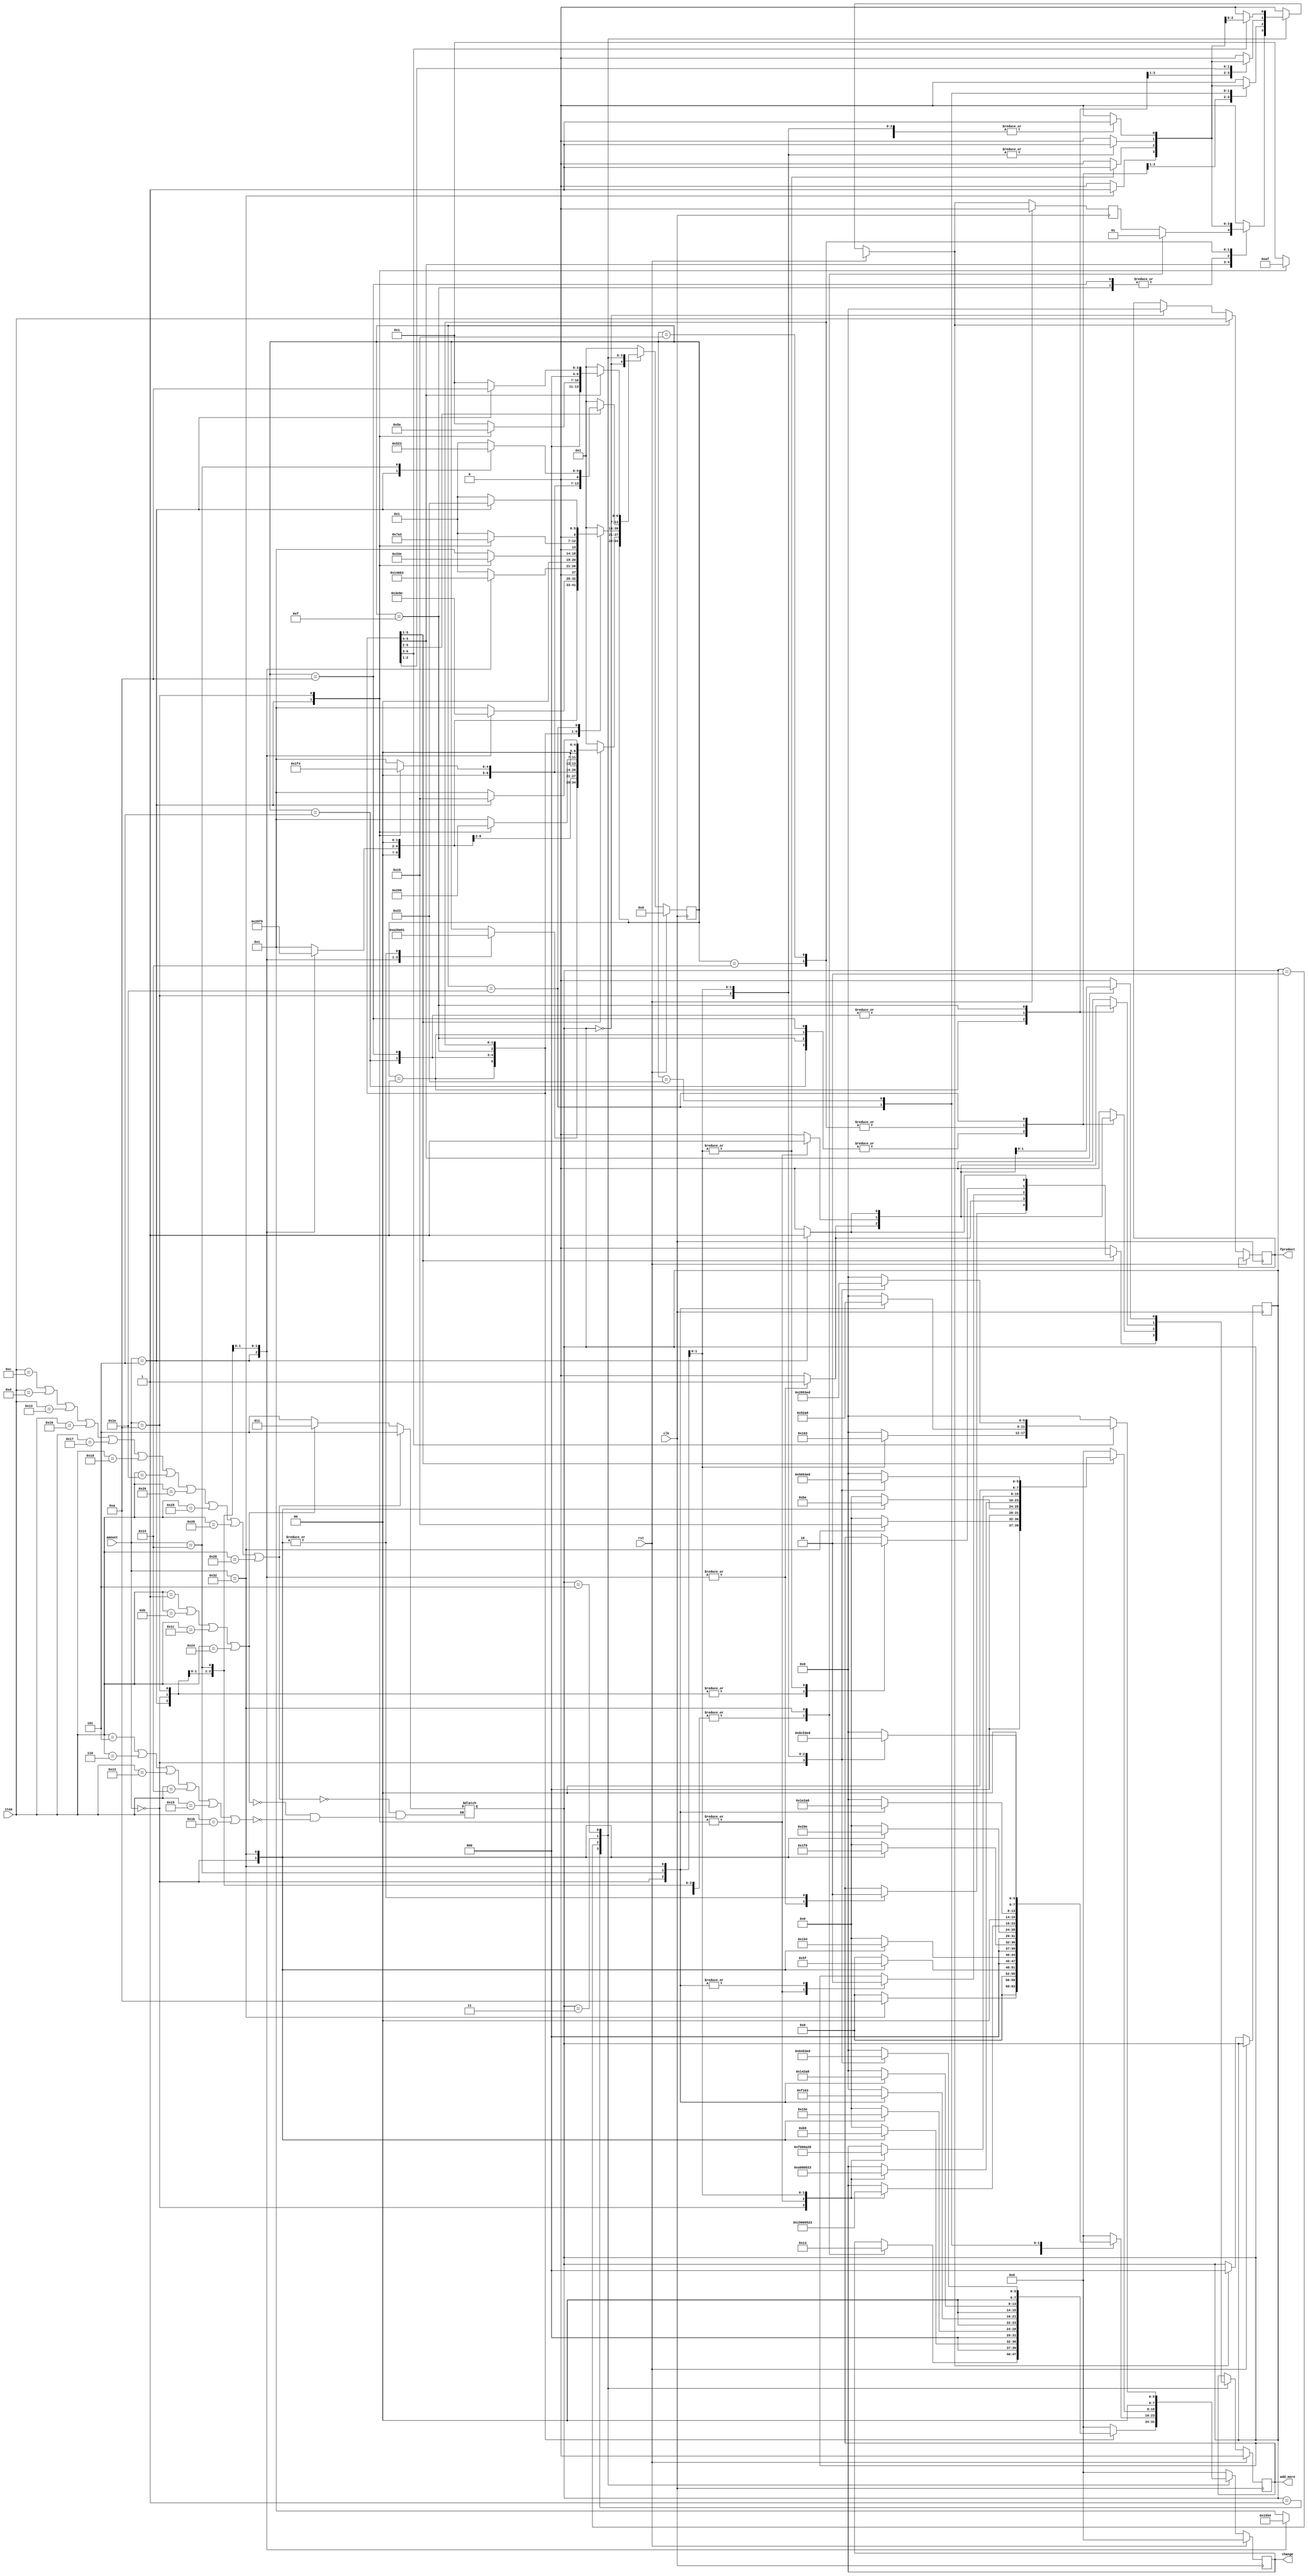
`timescale 1ns / 1ps

module minor1(
input [5:0]item,
input [6:0]amount,
input clk,rst,
output reg add_more,
output reg [5:0]fproduct,
output reg [7:0]change
    );
    reg product;
parameter idle=7'd0;
parameter s0=7'd1;
parameter s1=7'd5;
parameter s2=7'd10;
parameter s3=7'd15;
parameter s4=7'd20;
parameter s5=7'd25;
parameter s6=7'd30;
parameter s7=7'd35;
parameter s8=7'd40;
parameter s9=7'd45;
parameter s10=7'd50;
parameter s11=7'd55;
parameter packet=3'b001;
parameter can=3'b010;
parameter bottle=3'b011;
parameter wrapper=3'b101;
parameter plastictub=3'b101;

parameter Bottledwater=6'b000001;//1
parameter Cola=6'b00010;//2
parameter Dietsoda=6'b000011;//3
parameter Snacksizedchips=6'b00100;//4
parameter Chocolatebars=6'b00101;//5
parameter Granolabars=6'b00110;//6
parameter Trailmix=6'b00111;//7
parameter Fruitsnacks=6'b01000;//8
parameter Energydrinks=6'b01001;//9
parameter Icedtea=6'b1010;//10
parameter Coffee=6'b1011;//11
parameter Fruitjuiceboxes=6'b1100;//12
parameter Prepackagedsandwiches=6'b1101;//13
parameter Pretzels=6'b1110;//14
parameter Popcorn=6'b1111;//15
parameter Cheesecrackers=6'b10000;//16
parameter Nuts=6'b10001;//17
parameter Ricecakes=6'b10010;//18
parameter Gummycandies=6'b10011;//19
parameter Proteinbars=6'b10100;//20
parameter Cookies=6'b10101;//21
parameter Yogurtcups=6'b10110;//22
parameter Freshfruitcups=6'b10111;//23
parameter Cupcakes=6'b11000;//24
parameter Muffins=6'b11001;//25
parameter Cheesesticks=6'b11010;//26
parameter Gum=6'b11011;//27
parameter FruitsmoothiesBottles=6'b11100;//28
parameter Salads=6'b11101;//29
parameter Hardboiledeggs=6'b11110;//30
parameter Pitachipswithhummus=6'b11111;//31
parameter Fruitpies=6'b100000;//32
parameter Icedcoffee=6'b100001;//33
parameter Ricecrispytreats=6'b100010;//34
parameter Cheeseandcrackerpacks=6'b100011;//35
parameter Fruitflavoredwater=6'b100100;//36
parameter Vegetablestickswithdip=6'b100101;//37
parameter Bagelswithcreamcheese=6'b100110;//38
parameter Proteinshakes=6'b100111;//39
parameter Instantnoodles=6'b101000;//40
reg [6:0]s;
reg [2:0]sitem;
parameter idle1=3'b000;
always@(*)
begin
if(item==Snacksizedchips | item==Trailmix |item==Fruitsnacks |item==Pretzels| item==Popcorn|item==Cheesecrackers |item==Nuts|item==Cupcakes|item==Muffins |item==Cheesesticks |item==Pitachipswithhummus |item==Ricecrispytreats |item==Cheeseandcrackerpacks)
begin
sitem<=packet;
end
if(item==Cola |item==Dietsoda | item==Energydrinks | item==Icedtea |item==Icedcoffee| item==Proteinshakes)
begin
sitem<=can;
end
if(item==Chocolatebars |item==Granolabars |item==Gummycandies |item==Proteinbars |item==Cookies |item==Gum )
begin
sitem=wrapper;
end
if(item==Bottledwater |item==Coffee |item==FruitsmoothiesBottles | item==Fruitflavoredwater)
begin
sitem=bottle;
end
if(item==Fruitjuiceboxes | item==Prepackagedsandwiches | item==Ricecakes |item==Yogurtcups|item==Freshfruitcups| item== Salads |item==Hardboiledeggs |item==Fruitpies |item==Vegetablestickswithdip |item==Bagelswithcreamcheese|item==Instantnoodles)
begin
sitem=plastictub;
end
end
always@(posedge clk)
begin
 if(rst)
       begin
            s<=idle;
            product=0;add_more=0;change=7'd0;
       end //if end
    else
      begin
      
        case(sitem)
        idle1:begin 
        product=0;change=7'd0;fproduct=6'd0;
        end
            packet:case(s)
                       idle:begin
                                product<=0;
                                s<=s0;add_more=0;change=7'd0;
                            end
                       s0: begin
                           case(amount)
                               7'd0:begin
                                     s<=s0;product=0;change=7'b0;add_more=0;
                                  end
                                7'd5:begin
                                    s<=s1;product=0;change=7'b0;add_more=1;
                                  end
                               7'd10:begin
                                    s<=s2;product=0;change=7'b0;add_more=1;
                                    end
                               7'd20:begin
                                    s<=s4;product=0;change=7'b0;add_more=1;
                                  end
                               7'd50:begin
                                    s<=s0;product=1;change=7'd20;add_more=0;
                                  end
                             
                           endcase
                           end
                       s1:begin
                           case(amount)
                                7'd0:begin
                                     s<=s0;product=0;change=7'd5;add_more=0;
                                  end
                                7'd5:begin
                                    s<=s2;product=0;change=7'd0;add_more=1;
                                  end
                               7'd10:begin
                                    s<=s3;product=0;change=7'd0;add_more=1;
                                    end
                               7'd20:begin
                                    s<=s5;product=0;change=7'd0;add_more=1;
                                  end
                               7'd50:begin
                                    s<=s0;product=1;change=7'd25;add_more=0;
                                  end
                               default:begin
                               s<=s0;product=0;change=7'd0;add_more=0;
                               end
                           endcase
                           end
                       s2:begin
                           case(amount)
                                7'd0:begin
                                     s<=s0;product=0;change=7'd10;add_more=0;
                                  end
                                7'd5:begin
                                    s<=s3;product=0;change=7'd0;add_more=1;
                                  end
                               7'd10:begin
                                    s<=s4;product=0;change=7'd0;add_more=1;
                                    end
                               7'd20:begin
                                    s<=s0;product=1;change=7'd0;add_more=0;
                                  end
                               7'd50:begin
                                    s<=s0;product=1;change=7'd30;add_more=0;
                                  end
                             default:begin
                               s<=s0;product=0;change=7'd0;
                               end
                           endcase
                           end
                       s3:begin
                           case(amount)
                                7'd0:begin
                                     s<=s0;product=0;change=7'd15;add_more=1;
                                  end
                                7'd5:begin
                                    s<=s4;product=0;change=7'd0;add_more=1;
                                  end
                               7'd10:begin
                                    s<=s5;product=0;change=7'd0;add_more=1;
                                    end
                               7'd20:begin
                                    s<=s0;product=1;change=7'd5;add_more=0;
                                  end
                               7'd50:begin
                                    s<=s0;product=1;change=7'd35;add_more=0;
                                  end
                               default:begin
                               s<=s0;product=0;change=7'd0;
                               end
                           endcase
                           end
                      s4:begin
                           case(amount)
                                7'd0:begin
                                     s<=s0;product=0;change=7'd20;add_more=0;
                                  end
                                7'd5:begin
                                    s<=s5;product=0;change=7'd0;add_more=1;
                                  end
                               7'd10:begin
                                    s<=s0;product=1;change=7'd0;add_more=0;
                                    end
                               7'd20:begin
                                    s<=s0;product=1;change=7'd10;add_more=0;
                                  end
                               7'd50:begin
                                    s<=s0;product=1;change=7'd40;add_more=0;
                                  end
                               default:begin
                               s<=s0;product=0;change=7'd0;add_more=0;
                               end
                          
                           endcase
                           end
                       s5:begin
                           case(amount)
                                7'd0:begin
                                     s<=s0;product=0;change=7'd25;add_more=0;
                                  end
                                7'd5:begin
                                    s<=s0;product=1;change=7'd0;add_more=0;
                                  end
                               7'd10:begin
                                    s<=s0;product=1;change=7'd5;add_more=0;
                                    end
                               7'd20:begin
                                    s<=s0;product=1;change=7'd15;add_more=0;
                                  end
                               7'd50:begin
                                    s<=s0;product=1;change=7'd45;add_more=0;
                                  end
                             default:begin
                               s<=s0;product=0;change=7'd0;add_more=0;
                               end
                           endcase
                           end
                        default:begin
                               s<=s0;product=0;change=7'd0;add_more=0;
                               end
                   endcase
           can:case(s)
                       idle:begin
                                product<=0;
                                s<=s0;change=7'd0;add_more=0;
                            end
                       s0: begin
                           case(amount)
                                7'd0:begin
                                     s<=s0;product=0;change=7'd0;add_more=0;
                                  end
                                7'd5:begin
                                    s<=s1;product=0;change=7'd0;add_more=1;
                                  end
                               7'd10:begin
                                    s<=s2;product=0;change=7'd0;add_more=1;
                                    end
                               7'd20:begin
                                    s<=s4;product=0;change=7'd0;add_more=1;
                                  end
                               7'd50:begin
                                    s<=s0;product=1;change=7'd10;add_more=0;
                                  end
                               default:begin
                               s<=s0;product=0;change=7'd0;add_more=0;
                               end
                             
                           endcase
                           end
                       s1:begin  //5
                           case(amount)
                                7'd0:begin
                                     s<=s0;product=0;change=7'd5;add_more=0;
                                  end
                                7'd5:begin
                                    s<=s2;product=0;change=7'd0;add_more=1;
                                  end
                               7'd10:begin
                                    s<=s3;product=0;change=7'd0;add_more=1;
                                    end
                               7'd20:begin
                                    s<=s5;product=0;change=7'd0;add_more=1;
                                  end
                               7'd50:begin
                                    s<=s0;product=1;change=7'd15;add_more=0;
                                  end
                              default:begin
                               s<=s0;product=0;change=7'd0;add_more=0;
                               end
                           endcase
                           end
                       s2:begin//10
                           case(amount)
                                7'd0:begin
                                     s<=s0;product=0;change=7'd10;add_more=0;
                                  end
                                7'd5:begin
                                    s<=s3;product=0;change=7'd0;add_more=1;
                                  end
                               7'd10:begin
                                    s<=s4;product=0;change=7'd0;add_more=1;
                                    end
                               7'd20:begin
                                    s<=s6;product=0;change=7'd0;add_more=1;
                                  end
                               7'd50:begin
                                    s<=s0;product=1;change=7'd20;add_more=0;
                                  end
                               default:begin
                               s<=s0;product=0;change=7'd0;add_more=0;
                               end
                           endcase
                           end
                       s3:begin//15
                           case(amount)
                                7'd0:begin
                                     s<=s0;product=0;change=7'd15;add_more=0;
                                  end
                                7'd5:begin
                                    s<=s4;product=0;change=7'd0;add_more=1;
                                  end
                              7'd10:begin
                                    s<=s5;product=0;change=7'd0;add_more=1;
                                    end
                               7'd20:begin
                                    s<=s7;product=0;change=7'd0;add_more=1;
                                  end
                               7'd50:begin
                                    s<=s0;product=1;change=7'd25;add_more=0;
                                  end
                              default:begin
                               s<=s0;product=0;change=7'd0;add_more=0;
                               end
                           endcase
                           end
                      s4:begin//20
                           case(amount)
                                7'd0:begin
                                     s<=s0;product=0;change=7'd20;add_more=0;
                                  end
                                7'd5:begin
                                    s<=s5;product=0;change=7'd0;add_more=1;
                                  end
                               7'd10:begin
                                    s<=s6;product=0;change=7'd0;add_more=1;
                                    end
                               7'd20:begin
                                    s<=s0;product=1;change=7'd0;add_more=0;
                                  end
                               7'd50:begin
                                    s<=s0;product=1;change=7'd30;add_more=0;
                                  end
                               default:begin
                               s<=s0;product=0;change=7'd0;add_more=0;
                               end
                           endcase
                           end
                       s5:begin//25
                           case(amount)
                                7'd0:begin
                                     s<=s0;product=0;change=7'd25;add_more=0;
                                  end
                                7'd5:begin
                                    s<=s6;product=0;change=7'd0;add_more=1;
                                  end
                               7'd10:begin
                                    s<=s7;product=0;change=7'd0;add_more=1;
                                    end
                               7'd20:begin
                                    s<=s0;product=1;change=7'd5;add_more=0;
                                  end
                               7'd50:begin
                                    s<=s0;product=1;change=7'd35;add_more=0;
                                  end
                               default:begin
                               s<=s0;product=0;add_more=0;
                               end
                           endcase
                           end
                        s6:begin//30
                           case(amount)
                                7'd0:begin
                                     s<=s0;product=0;change=7'd30;add_more=0;
                                  end
                                7'd5:begin
                                    s<=s7;product=0;change=7'd0;add_more=1;
                                  end
                               7'd10:begin
                                    s<=s0;product=1;change=7'd0;add_more=0;
                                    end
                               7'd20:begin
                                    s<=s0;product=1;change=7'd10;add_more=0;
                                  end
                               7'd50:begin
                                    s<=s0;product=1;change=7'd40;add_more=0;
                                  end
                               default:begin
                               s<=s0;product=0;change=7'd0;add_more=0;
                               end
                           endcase
                           end
                        s7:begin//35
                           case(amount)
                                7'd0:begin
                                     s<=s0;product=0;change=7'd35;add_more=0;
                                  end
                                7'd5:begin
                                    s<=s0;product=1;change=7'd0;add_more=0;
                                  end
                               7'd10:begin
                                    s<=s0;product=1;change=7'd5;add_more=0;
                                    end
                               7'd20:begin
                                    s<=s0;product=1;change=7'd15;add_more=0;
                                  end
                               7'd50:begin
                                    s<=s0;product=1;change=7'd45;add_more=0;
                                  end
                               default:begin
                               s<=s0;product=0;change=7'd0;add_more=0;
                               end
                           endcase
                           end
                       default:begin
                               s<=s0;product=0;change=7'd0;add_more=0;
                               end
                   endcase
            bottle:case(s)
                       idle:begin
                                product<=0;change=7'd0;add_more=0;
                                s<=s0;
                            end
                       s0: begin//0
                           case(amount)
                                7'd0:begin
                                     s<=s0;product=0;change=7'd0;add_more=0;
                                  end
                                7'd5:begin
                                    s<=s1;product=0;change=7'd0;add_more=1;
                                  end
                               7'd10:begin
                                    s<=s2;product=0;change=7'd0;add_more=1;
                                    end
                               7'd20:begin
                                    s<=s4;product=0;change=7'd0;add_more=1;
                                  end
                               7'd50:begin
                                    s<=s0;product=1;change=7'd25;add_more=0;
                                  end
                             default:begin
                               s<=s0;product=0;change=7'd0;add_more=0;
                               end
                           endcase
                           end
                       s1:begin  //5
                           case(amount)
                                7'd0:begin
                                     s<=s0;product=0;change=7'd5;add_more=0;
                                  end
                                7'd5:begin
                                    s<=s2;product=0;change=7'd0;add_more=1;
                                  end
                               7'd10:begin
                                    s<=s3;product=0;change=7'd0;add_more=1;
                                    end
                               7'd20:begin
                                    s<=s0;product=1;change=7'd0;add_more=0;
                                  end
                               7'd50:begin
                                    s<=s0;product=1;change=7'd30;add_more=0;
                                  end
                               default:begin
                               s<=s0;product=0;change=7'd0;add_more=0;
                               end
                           endcase
                           end
                       s2:begin
                           case(amount)
                                7'd0:begin
                                     s<=s0;product=0; change=7'd10; add_more=0;
                                  end
                                7'd5:begin
                                    s<=s3;product=0;change=7'd0;add_more=1;
                                  end
                               7'd10:begin
                                    s<=s4;product=0;change=7'd0;add_more=1;
                                    end
                               7'd20:begin
                                    s<=s0;product=1;change=7'd5;add_more=0;
                                  end
                               7'd50:begin
                                    s<=s0;product=1;change=7'd35;add_more=0;
                                  end
                              default:begin
                               s<=s0;product=0;add_more=0;add_more=0;
                               end
                           endcase
                           end
                       s3:begin//15
                           case(amount)
                                7'd0:begin
                                     s<=s0;product=0;change=7'd15;add_more=0;
                                  end
                                7'd5:begin
                                    s<=s4;product=0;change=7'd0;add_more=1;
                                  end
                               7'd10:begin
                                    s<=s0;product=1;change=7'd0;add_more=0;
                                    end
                               7'd20:begin
                                    s<=s7;product=1;change=7'd10;add_more=0;
                                  end
                               7'd50:begin
                                    s<=s0;product=1;change=7'd40;add_more=0;
                                  end
                               default:begin
                               s<=s0;product=0;add_more=0;
                               end
                           endcase
                           end
                      s4:begin//20
                           case(amount)
                                7'd0:begin
                                     s<=s0;product=0;change=7'd20;add_more=0;
                                  end
                                7'd5:begin
                                    s<=s0;product=1;change=7'd0;add_more=0;
                                  end
                               7'd10:begin
                                    s<=s0;product=1;change=7'd5;add_more=0;
                                    end
                               7'd20:begin
                                    s<=s0;product=1;change=7'd15;add_more=0;
                                  end
                               7'd50:begin
                                    s<=s0;product=1;change=7'd45;add_more=0;
                                  end
                              default:begin
                               s<=s0;product=0;change=7'd0;add_more=0;
                               end
                           endcase
                           end
                        default:begin
                               s<=s0;product=0;change=7'd0;add_more=0;
                               end
                     endcase
          wrapper:case(s)
                       idle:begin
                                product<=0;change=7'd0;add_more=0;
                                s<=s0;
                            end
                       s0: begin
                           case(amount)
                                7'd0:begin
                                     s<=s0;product=0;change=7'd0;add_more=0;
                                  end
                                7'd5:begin
                                    s<=s1;product=0;change=7'd0;add_more=1;
                                  end
                               7'd10:begin
                                    s<=s2;product=0;change=7'd0;add_more=1;
                                    end
                               7'd20:begin
                                    s<=s0;product=1;change=7'd5;add_more=0;
                                  end
                               7'd50:begin
                                    s<=s0;product=1;change=7'd35;add_more=0;
                                  end
                               default:begin
                               s<=s0;product=0;change=7'd0;add_more=0;
                               end
                             
                           endcase
                           end
                       s1:begin  //5
                           case(amount)
                                7'd0:begin
                                     s<=s0;product=0;change=7'd5;add_more=0;
                                  end
                                7'd5:begin
                                    s<=s2;product=0;change=7'd0;add_more=1;
                                  end
                               7'd10:begin
                                    s<=s0;product=1;change=7'd0;add_more=0;
                                    end
                               7'd20:begin
                                    s<=s0;product=1;change=7'd10;add_more=0;
                                  end
                               7'd50:begin
                                    s<=s0;product=1;change=7'd40;add_more=0;
                                  end
                                default:begin
                               s<=s0;product=0;change=7'd0;add_more=0;
                               end
                           endcase
                           end
                       s2:begin
                           case(amount)
                                7'd0:begin
                                     s<=s0;product=0;change=7'd10;add_more=0;
                                  end
                                7'd5:begin
                                    s<=s0;product=1;change=7'd0;add_more=0;
                                  end
                               7'd10:begin
                                    s<=s0;product=1;change=7'd5;add_more=0;
                                    end
                               7'd20:begin
                                    s<=s0;product=1;change=7'd15;add_more=0;
                                  end
                               7'd50:begin
                                    s<=s0;product=1;change=7'd45;add_more=0;
                                  end
                                default:begin
                               s<=s0;product=0;change=7'd0;add_more=0;
                               end
                           endcase
                           end
                        default:begin
                               s<=s0;product=0;change=7'd0;add_more=0;
                               end
                 endcase
            plastictub:case(s)
                       idle:begin
                                product<=0;
                                s<=s0;change=7'd0;add_more=0;
                            end
                       s0: begin
                           case(amount)
                                7'd0:begin
                                     s<=s0;product=0;change=7'd0;add_more=0;
                                  end
                                7'd5:begin
                                    s<=s1;product=0;change=7'd0;add_more=1;
                                  end
                               7'd10:begin
                                    s<=s2;product=0;change=7'd0;add_more=1;
                                    end
                               7'd20:begin
                                    s<=s4;product=0;change=7'd0;add_more=1;
                                  end
                               7'd50:begin
                                    s<=s10;product=0;change=7'd0;add_more=1;
                                  end
                             default:begin
                               s<=s0;product=0;change=7'd0;add_more=0;
                               end
                           endcase
                           end
                       s1:begin  //5
                           case(amount)
                                7'd0:begin
                                     s<=s0;product=0;change=7'd5;add_more=0;
                                  end
                                7'd5:begin
                                    s<=s2;product=0;change=7'd0;add_more=1;
                                  end
                               7'd10:begin
                                    s<=s3;product=0;change=7'd0;add_more=1;
                                    end
                               7'd20:begin
                                    s<=s5;product=0;change=7'd0;add_more=1;
                                  end
                               7'd50:begin
                                    s<=s11;product=0;change=7'd0;add_more=1;
                                  end
                              default:begin
                               s<=s0;product=0;change=7'd0;add_more=0;
                               end
                           endcase
                           end
                       s2:begin
                           case(amount)
                                7'd0:begin
                                     s<=s0;product=0;change=7'd10;add_more=0;
                                  end
                                7'd5:begin
                                    s<=s3;product=0;change=7'd0;add_more=1;
                                  end
                               7'd10:begin
                                    s<=s4;product=0;change=7'd0;add_more=1;
                                    end
                               7'd20:begin
                                    s<=s6;product=0;change=7'd0;add_more=1;
                                  end
                               7'd50:begin
                                    s<=s0;product=1;change=7'd0;add_more=0;
                                  end
                              default:begin
                               s<=s0;product=0;add_more=0;
                               end
                           endcase
                           end
                       s3:begin//15
                           case(amount)
                                7'd0:begin
                                     s<=s0;product=0;change=7'd15;add_more=0;
                                  end
                                7'd5:begin
                                    s<=s4;product=0;change=7'd0;add_more=1;
                                  end
                               7'd10:begin
                                    s<=s5;product=0;change=7'd0;add_more=1;
                                    end
                               7'd20:begin
                                    s<=s7;product=0;change=7'd0;add_more=1;
                                  end
                               7'd50:begin
                                    s<=s0;product=1;change=7'd5;add_more=0;
                                  end
                               default:begin
                               s<=s0;product=0;change=7'd0;add_more=0;
                               end
                           endcase
                           end
                      s4:begin
                           case(amount)
                                7'd0:begin
                                     s<=s0;product=0;change=7'd20;add_more=0;
                                  end
                                7'd5:begin
                                    s<=s5;product=0;change=7'd0;add_more=1;
                                  end
                               7'd10:begin
                                    s<=s6;product=0;change=7'd0;add_more=1;
                                    end
                               7'd20:begin
                                    s<=s8;product=0;change=7'd0;add_more=1;
                                  end
                               7'd50:begin
                                    s<=s0;product=1;change=7'd10;add_more=0;
                                  end
                               default:begin
                               s<=s0;product=0;change=7'd0;add_more=0;
                               end
                           endcase
                           end
                       s5:begin
                           case(amount)
                                7'd0:begin
                                     s<=s0;product=0;change=7'd25;add_more=0;
                                  end
                                7'd5:begin
                                    s<=s6;product=0;change=7'd0;add_more=1;
                                  end
                               7'd10:begin
                                    s<=s7;product=0;change=7'd0;add_more=1;
                                    end
                               7'd20:begin
                                    s<=s9;product=0;change=7'd0;add_more=1;
                                  end
                               7'd50:begin
                                    s<=s0;product=1;change=7'd15;add_more=0;
                                  end
                              default:begin
                               s<=s0;product=0;change=7'd0;add_more=0;
                               end
                           endcase
                           end
                        s6:begin
                           case(amount)
                                7'd0:begin
                                     s<=s0;product=0;change=7'd30;add_more=0;
                                  end
                                7'd5:begin
                                    s<=s7;product=0;change=7'd0;add_more=1;
                                  end
                               7'd10:begin
                                    s<=s8;product=0;change=7'd0;add_more=1;
                                    end
                               7'd20:begin
                                    s<=s10;product=0;change=7'd0;add_more=1;
                                  end
                               7'd50:begin
                                    s<=s0;product=1;change=7'd20;add_more=0;
                                  end
                               default:begin
                               s<=s0;product=0;change=7'd0;add_more=0;
                               end
                           endcase
                           end
                    s7:begin
                           case(amount)
                                7'd0:begin
                                     s<=s0;product=0;change=7'd35;add_more=0;
                                  end
                                7'd5:begin
                                    s<=s8;product=0;change=7'd0;add_more=1;
                                  end
                               7'd10:begin
                                    s<=s9;product=0;change=7'd0;add_more=1;
                                    end
                               7'd20:begin
                                    s<=s11;product=0;change=7'd0;add_more=1;
                                  end
                               7'd50:begin
                                    s<=s0;product=1;change=7'd25;add_more=0;
                                  end
                              default:begin
                               s<=s0;product=0;change=7'd0;add_more=0;
                               end
                           endcase
                           end
                 s8:begin
                           case(amount)
                                7'd0:begin
                                     s<=s0;product=0;change=7'd40;add_more=0;
                                  end
                                7'd5:begin
                                    s<=s9;product=0;change=7'd0;add_more=1;
                                  end
                               7'd10:begin
                                    s<=s10;product=0;change=7'd0;add_more=1;
                                    end
                               7'd20:begin
                                    s<=s0;product=1;change=7'd0;add_more=0;
                                  end
                               7'd50:begin
                                    s<=s0;product=1;change=7'd30;add_more=0;
                                  end
                               default:begin
                               s<=s0;product=0;change=7'd0;add_more=0;
                               end
                           endcase
                           end
                   s9:begin
                           case(amount)
                                7'd0:begin
                                     s<=s0;product=0;change=7'd45;add_more=0;
                                  end
                                7'd5:begin
                                    s<=s10;product=0;change=7'd0;add_more=1;
                                  end
                               7'd10:begin
                                    s<=s11;product=0;change=7'd0;add_more=1;
                                    end
                               7'd20:begin
                                    s<=s0;product=1;change=7'd5;add_more=0;
                                  end
                               7'd50:begin
                                    s<=s0;product=1;change=7'd35;add_more=0;
                                  end
                               default:begin
                               s<=s0;product=0;change=7'd0;add_more=0;
                               end
                           endcase
                           end
                   s10:begin
                           case(amount)
                                7'd0:begin
                                     s<=s0;product=0;change=7'd50;add_more=0;
                                  end
                                7'd5:begin
                                    s<=s11;product=0;change=7'd0;add_more=1;
                                  end
                               7'd10:begin
                                    s<=s0;product=1;change=7'd0;add_more=0;
                                    end
                               7'd20:begin
                                    s<=s0;product=1;change=7'd10;add_more=0;
                                  end
                               7'd50:begin
                                    s<=s0;product=1;change=7'd40;add_more=0;
                                  end
                              default:begin
                               s<=s0;product=0;change=7'd0;add_more=0;
                               end
                           endcase
                           end
                    s11:begin
                           case(amount)
                                7'd0:begin
                                     s<=s0;product=0;change=7'd55;add_more=0;
                                  end
                                7'd5:begin
                                    s<=s0;product=1;change=7'd0;add_more=0;
                                  end
                               7'd10:begin
                                    s<=s0;product=1;change=7'd5;add_more=0;
                                    end
                               7'd20:begin
                                    s<=s0;product=1;change=7'd15;add_more=0;
                                  end
                               7'd50:begin
                                    s<=s0;product=1;change=7'd45;add_more=0;
                                  end
                              default:begin
                               s<=s0;product=0;change=7'd0;add_more=0;
                               end
                           endcase
                           end
                           default:begin
                               s<=s0;product=0;change=7'd0;add_more=0;
                               end
                   endcase
            default:begin
                    s<=s0;product=0;change=7'd0;
                    end
        endcase
        if(product==1)
        begin
        fproduct=item;
        sitem=idle1;
        
        end
        
end //else end

end //always end

endmodule